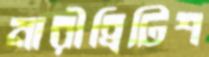
নারীব্রিটিশ